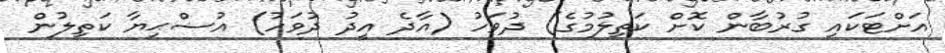
އަށްޓަކައި ގުރުބާން ކޮށް ކަތިލުމުގެ) ދުވަހު (އާދެ އީދު ދުވަހު) އުޟްޙިޔާ ކަތިލުން